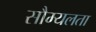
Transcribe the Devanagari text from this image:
सौम्‍यलता